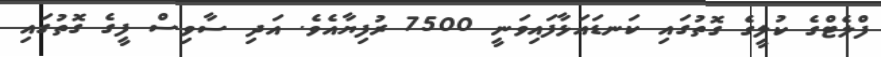
ފްލެޓްގެ ކުލީގެ ގޮތުގައި ކަނޑައަޅާފައިވަނީ 7500 ރުފިޔާއެވެ. އަދި ސާވިސް ފީގެ ގޮތުގައި